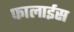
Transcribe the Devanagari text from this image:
फालाईस